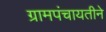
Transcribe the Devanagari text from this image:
ग्रामपंचायतीने